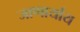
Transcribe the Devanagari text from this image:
जाणार्याय